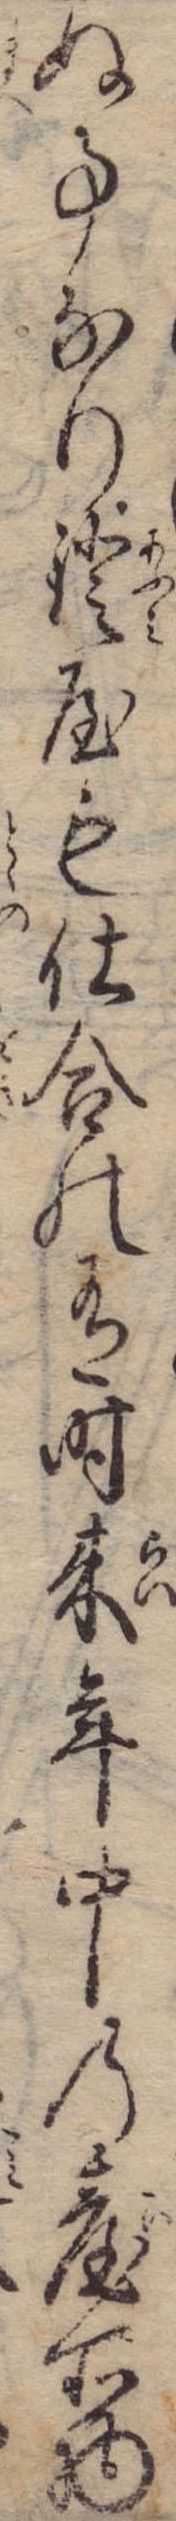
ぬ事なり鐙屋も仕合の有時来年中の台所物